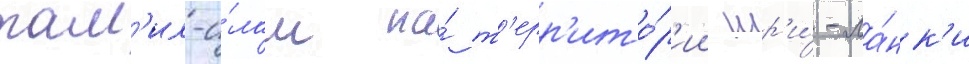
там'ил-и́лам на́ т'ерр'ито́р'ии шр'и́-ла́нк'и